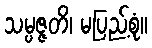
သမ္ပဇ္ဇတိ၊ မပြည့်စုံ။